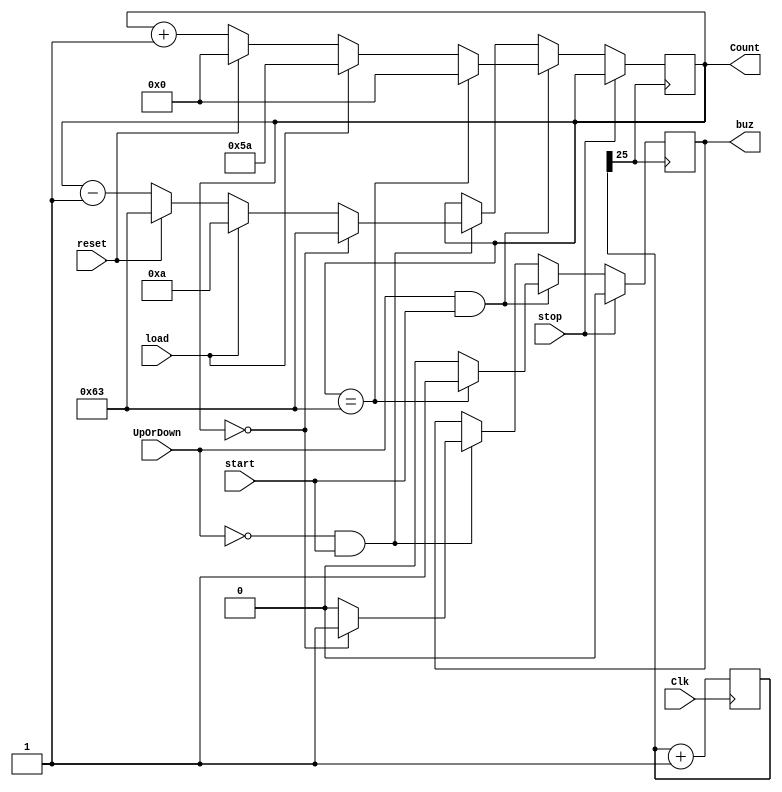
module upordown(
    input wire Clk,
    input wire reset,
    input wire UpOrDown,
    input wire load,
    input wire stop,
    input wire start,
    output [6:0] Count,output buz
  
);
reg buz;
reg [6:0] Count = 7'd0;
reg [31:0] clkdiv ;
always@(posedge Clk)
clkdiv=clkdiv + 1;

always @(posedge clkdiv[25])
 begin
    if (stop) begin
        Count <= Count;buz<=1'd0;
    end

  else if (UpOrDown && start) begin // Up mode selected
  
  if (Count == 7'd99) begin
            Count <= 7'd0;buz<=1'd1;
        end else if (load) begin
            Count <= 7'd90;buz<=1'd0;
        end else if (reset) begin
            Count <= 7'd0;buz<=1'd0;
        end else begin
            Count <= Count + 1;buz<=1'd0;
        end
    end else if (!UpOrDown && start) begin // Down mode selected
        if (Count == 7'd0) begin
            Count <= 7'd99;buz<=1'd1;
        end else if (load) begin
            Count <= 7'd10;buz<=1'd0;
        end else if (reset) begin
            Count <= 7'd99;buz<=1'd0;
        end else begin
            Count <= Count - 1;buz<=1'd0;
     end
    end
end


   

endmodule